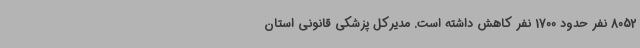
8052 نفر حدود 1700 نفر کاهش داشته است. مدیرکل پزشکی قانونی استان